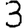
Digit: 3